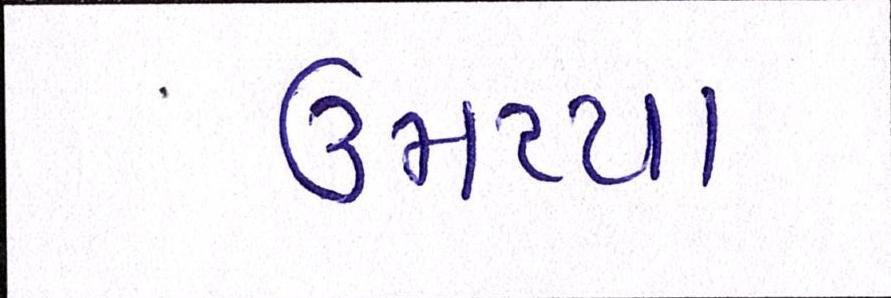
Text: ઉમટયા